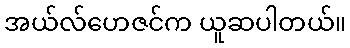
အယ်လ်ဟေဇင်က ယူဆပါတယ်။